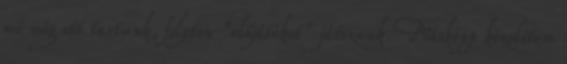
mi még ott tartunk, folyton "előjátékot" játszunk. Másképp közelítem